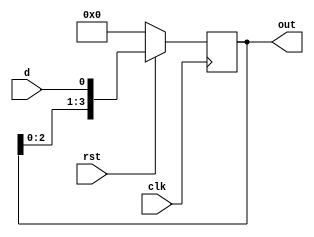
module lshift_4b_reg1 ( 	input d, clk, rst,
                            output reg [3:0] out
);
	always @ (posedge clk) begin
		if (!rst) begin
			out <= 0;
		end else begin
			out <= {out[2:0], d};
		end
	end
endmodule
// this makes unnecessary MUXes for syncronize each rst signals.

module lshift_4b_reg2 ( 	input d, clk, rst,
                            output reg [3:0] out
);
	always @ (posedge clk or negedge rst) begin
		if (!rst) begin
			out <= 0;
		end else begin
			out <= {out[2:0], d};
		end
	end
endmodule